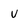
Character: u